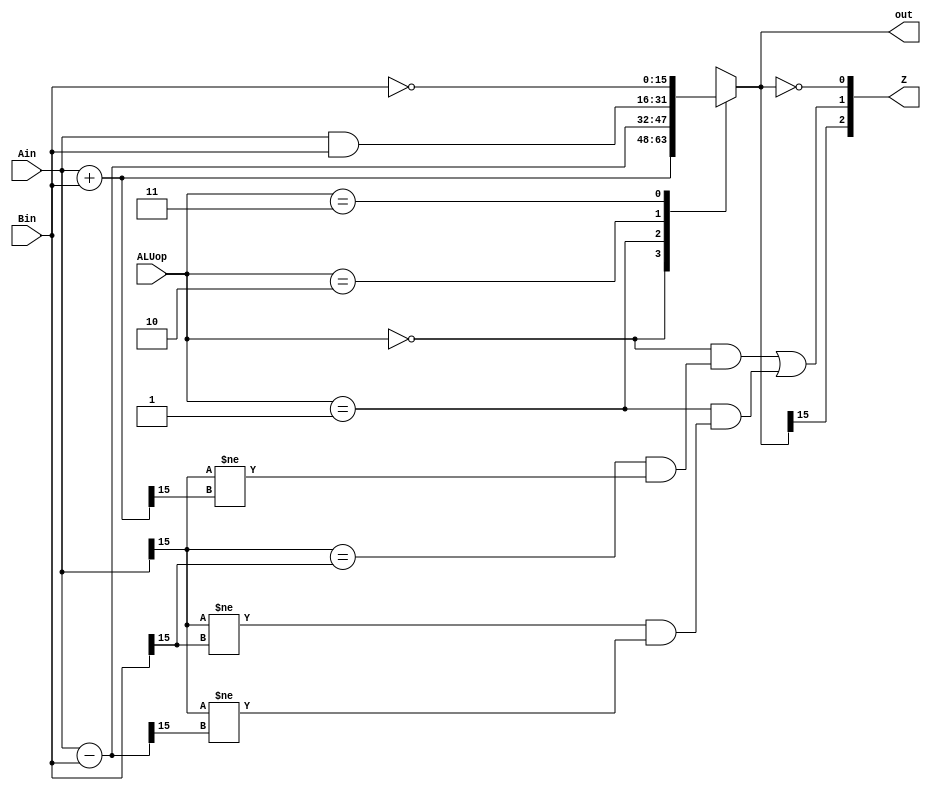
module ALU(Ain,Bin,ALUop,out,Z);
  input [15:0] Ain, Bin;
  input [1:0] ALUop;
  output [15:0] out;
  output [2:0] Z;

  wire [15:0] sum, diff;
  assign sum = Ain + Bin;
  assign diff = Ain - Bin;

  reg[15:0] tempout;
  always @(ALUop, Ain, Bin, sum, diff) begin
	case(ALUop)
	  2'b00: tempout = sum;		//adding
	  2'b01: tempout = diff;		//subtracting
	  2'b10: tempout = Ain & Bin;		//bitwise and
	  2'b11: tempout = ~Bin;		//compliment of B
	  default: tempout = {16{1'bx}};
	endcase
  end
assign out = tempout;
assign Z[0] = (out == 16'b0);		//zero status
assign Z[1] = ((ALUop == 2'b00) & ((Ain[15] == Bin[15])&&(Ain[15]!= sum[15])))|		//overflow status
	      ((ALUop == 2'b01) & ((Ain[15] != Bin[15])&&(Ain[15]!= diff[15])));
assign Z[2] = (out[15] == 1'b1);	//negative status
endmodule